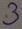
Text: 3